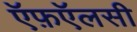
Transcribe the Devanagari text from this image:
ऍफ़ऍलसी